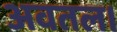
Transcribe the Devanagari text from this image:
अवतल।